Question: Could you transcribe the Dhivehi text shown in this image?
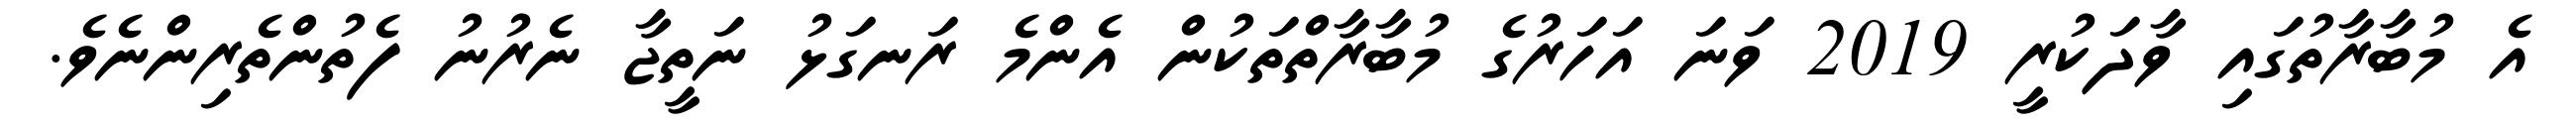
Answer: އެ މުބާރާތުގައި ވާދަކުރީ 2019 ވަނަ އަހަރުގެ މުބާރާތްތަކުން އެންމެ ރަނގަޅު ނަތީޖާ ނެރުނު ފެތުންތެރިންނެވެ.